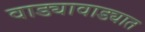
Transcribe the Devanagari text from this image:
वाड्यावाड्यात